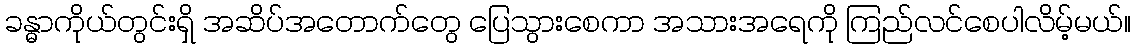
ခန္ဓာကိုယ်တွင်းရှိ အဆိပ်အတောက်တွေ ပြေသွားစေကာ အသားအရေကို ကြည်လင်စေပါလိမ့်မယ်။